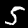
Label: 5